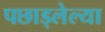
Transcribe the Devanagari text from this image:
पछाड्लेल्या